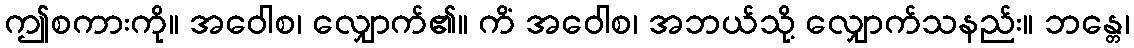
ဤစကားကို။ အဝေါစ၊ လျှောက်၏။ ကိံ အဝေါစ၊ အဘယ်သို့ လျှောက်သနည်း။ ဘန္တေ၊